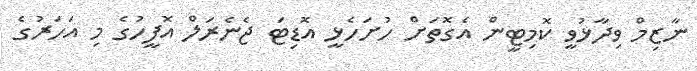
ނާޒިމް ވިދާޅުވީ ކޮމިޓީން އެގޮތަށް ހުށަހެޅީ އޮޑިޓަ ޖެނެރަލް އޮފީހުގެ މި އަހަރުގެ